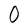
Character: O